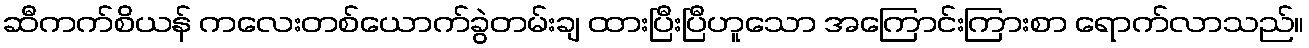
ဆီကက်စိယန် ကလေးတစ်ယောက်ခွဲတမ်းချ ထားပြီးပြီဟူသော အကြောင်းကြားစာ ရောက်လာသည်။